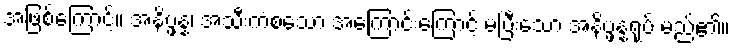
အဖြစ်ကြောင့်။ အနိပ္ဖန္နံ၊ အသီးကံစသော အကြောင်းကြောင့် မပြီးသော အနိပ္ဖန္နရုပ် မည်၏။